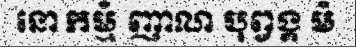
នោ កម្មំ ញាណ បុព្វង្គ មំ